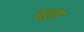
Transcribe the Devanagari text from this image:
बथुवा